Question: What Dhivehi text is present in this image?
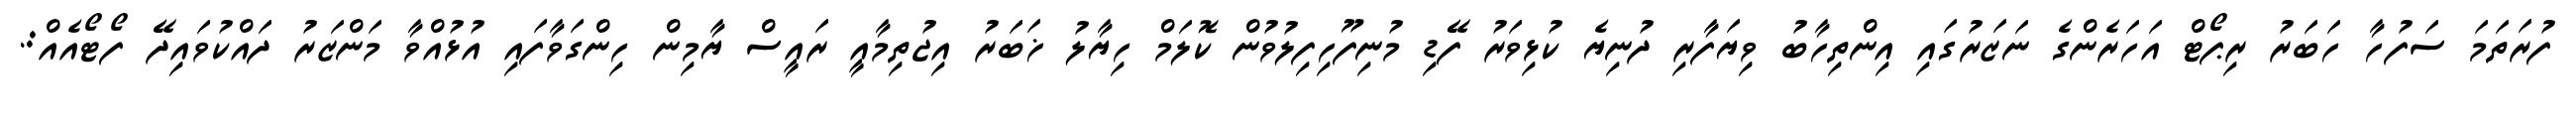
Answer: ފުރަތަމަ ސަފުހާ ހަބަރު ރިޕޯޓް އަހަރެންގެ ނަޒަރުގައި އިންތިހާބު ވިޔަފާރި ދުނިޔެ ކުޅިވަރު ފޭޑި މުނިފޫހިފިލުވުން ކޮލަމް ހިޔާލު ޚަބަރު އިޖުތިމާއީ ރައީސް ޔާމިން ހިންގަވާފައި އުޅުއްވާ މަންޒަރު ދައްކުވައިދޭ ފޯޓޯއެއް:.